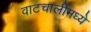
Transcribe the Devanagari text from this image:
वाटचालींमध्ये